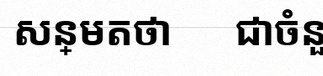
សន្មតថា x ជាចំនួនពិត